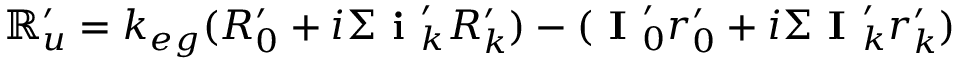
\mathbb { R } _ { u } ^ { \prime } = k _ { e g } ( R _ { 0 } ^ { \prime } + i \Sigma \textbf { i } _ { k } ^ { \prime } R _ { k } ^ { \prime } ) - ( \textbf { I } _ { 0 } ^ { \prime } r _ { 0 } ^ { \prime } + i \Sigma \textbf { I } _ { k } ^ { \prime } r _ { k } ^ { \prime } )